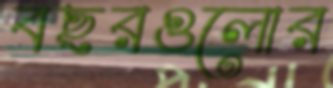
বছরগুলোর